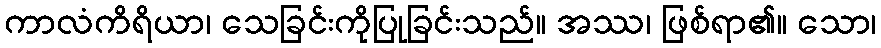
ကာလံကိရိယာ၊ သေခြင်းကိုပြုခြင်းသည်။ အဿ၊ ဖြစ်ရာ၏။ သော၊